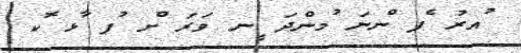
ުއރު ެފ ްނނަ ުމންދަ ީނ ވަރަ ްށ ުފ ާޅ ޮކ